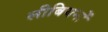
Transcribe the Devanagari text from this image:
लीबियनों